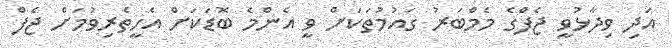
އަދި ވިދާޅުވީ ޖެފްގެ މެމްބަރު ގައުމުތަކަށް ވީ އެންމެ ބޮޑަކަށް އެހީތެރިވުމަށް ޖެފް